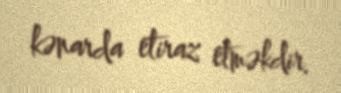
kənarda etiraz etməkdir.